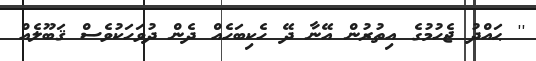
'' ޙައްދު ޖެހުމުގެ އިތުރުން އޭނާ ދޭ ހެކިބަހެއް ދެން ދުވަހަކުވެސް ޤަބޫލެއް